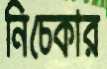
নিচেকার